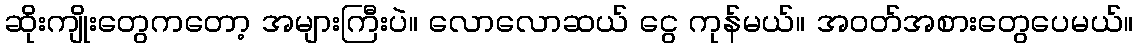
ဆိုးကျိုးတွေကတော့ အများကြီးပဲ။ လောလောဆယ် ငွေ ကုန်မယ်။ အဝတ်အစားတွေပေမယ်။